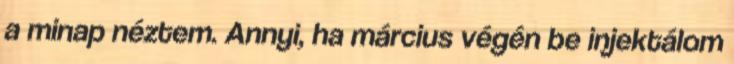
a minap néztem. Annyi, ha március végén be injektálom